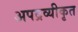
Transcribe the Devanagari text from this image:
अपद्रव्यीकृत